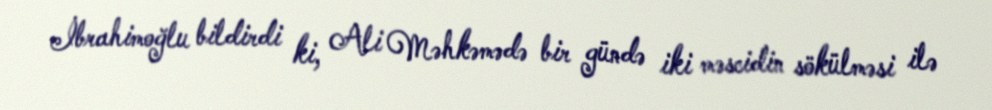
İbrahimoğlu bildirdi ki, Ali Məhkəmədə bir gündə iki məscidin sökülməsi ilə